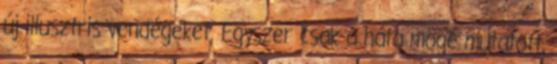
új illusztris vendégeket. Egyszer csak a háta mögé mutatott,